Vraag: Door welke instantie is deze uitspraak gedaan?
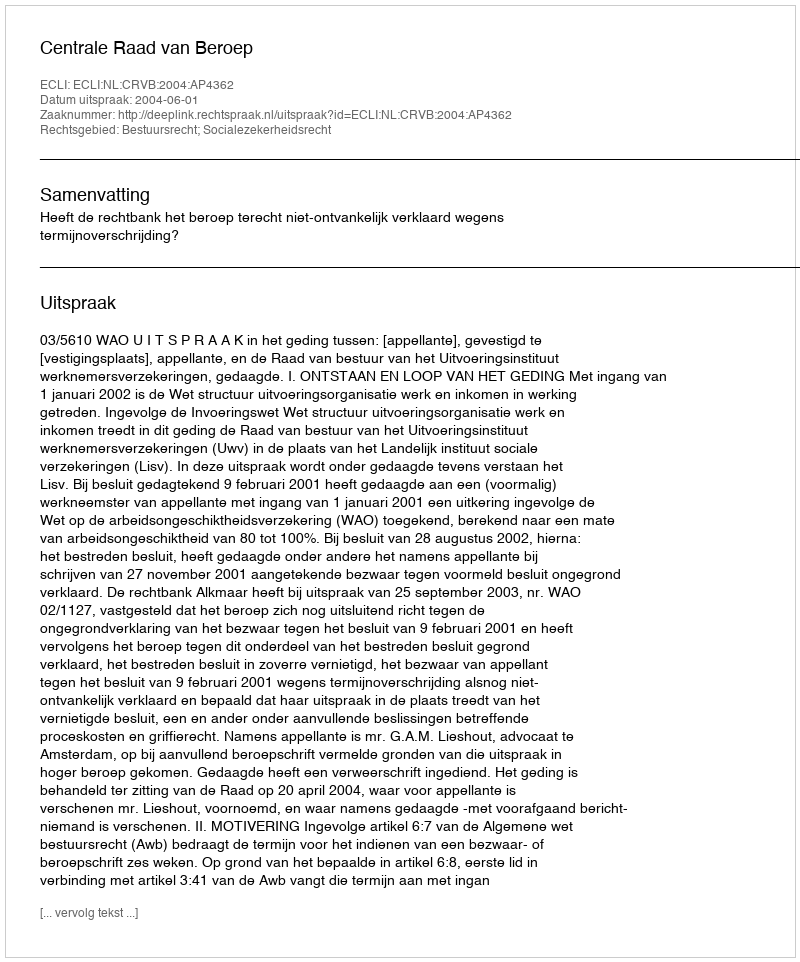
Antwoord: Centrale Raad van Beroep